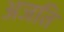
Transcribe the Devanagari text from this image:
अजति